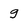
Character: g